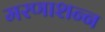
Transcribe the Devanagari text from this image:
मरणाशन्‍न